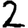
Digit: 2